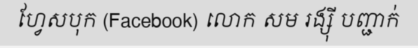
ហ្វែសបុក (Facebook) លោក សម រង្ស៊ី បញ្ជាក់